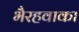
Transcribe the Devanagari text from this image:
भैरहवाका